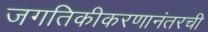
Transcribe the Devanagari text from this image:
जगतिकीकरणानंतरची